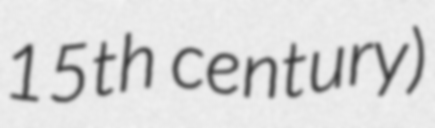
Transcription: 15th century)